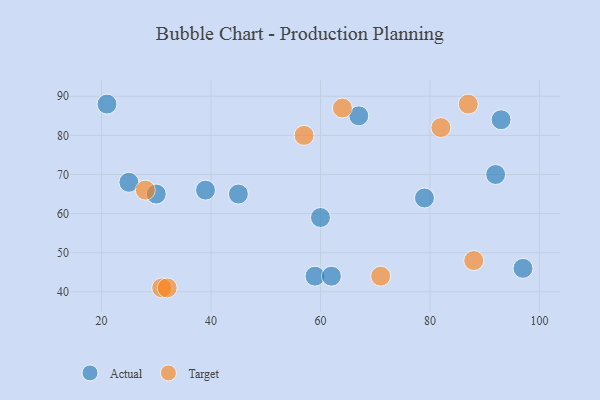
{"axis": {"x": "GDP", "y": "Life Expectancy"}, "legend": ["Actual", "Target"], "data": [{"x": "45", "y": 65, "type": "Actual"}, {"x": "21", "y": 88, "type": "Actual"}, {"x": "93", "y": 84, "type": "Actual"}, {"x": "60", "y": 59, "type": "Actual"}, {"x": "97", "y": 46, "type": "Actual"}, {"x": "30", "y": 65, "type": "Actual"}, {"x": "79", "y": 64, "type": "Actual"}, {"x": "59", "y": 44, "type": "Actual"}, {"x": "67", "y": 85, "type": "Actual"}, {"x": "92", "y": 70, "type": "Actual"}, {"x": "62", "y": 44, "type": "Actual"}, {"x": "25", "y": 68, "type": "Actual"}, {"x": "39", "y": 66, "type": "Actual"}, {"x": "71", "y": 44, "type": "Target"}, {"x": "64", "y": 87, "type": "Target"}, {"x": "31", "y": 41, "type": "Target"}, {"x": "32", "y": 41, "type": "Target"}, {"x": "87", "y": 88, "type": "Target"}, {"x": "88", "y": 48, "type": "Target"}, {"x": "57", "y": 80, "type": "Target"}, {"x": "82", "y": 82, "type": "Target"}, {"x": "28", "y": 66, "type": "Target"}]}